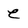
Character: e